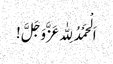
اَ لْحَمْدُ لِلّٰہ عَزَّوَجَلَّ !